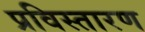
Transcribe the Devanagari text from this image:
प्रविस्तारण